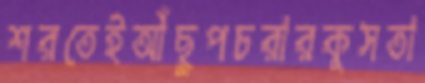
শরতেইআঁছুপচরারকুসতা